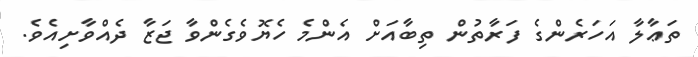
ތަޢާލާ އަހަރެންގެ ފަރާތުން ތިބާއަށް އެންމެ ހެޔޮވެގެންވާ ޖަޒާ ދެއްވާށިއެވެ.